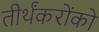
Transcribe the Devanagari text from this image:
तीर्थंकरोंको